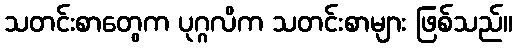
သတင်းစာတွေက ပုဂ္ဂလိက သတင်းစာများ ဖြစ်သည်။